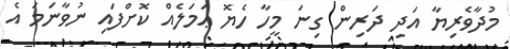
މުދާވެރިޔާ އަދި ދަރިން ގިނަ މީހާ ހެޔޮ ޢަމަލެއް ކޮށްފައި ނުވާނަމަ އެ